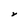
Character: Y